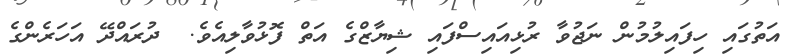
އަތުގައި ހިފައިލުމުން ނަޖުވާ ރުޅިއައިސްފައި ޝިޔާޒްގެ އަތް ފޮޅުވާލިއެވެ.  ދުރައްދޭ އަހަރެންގެ